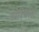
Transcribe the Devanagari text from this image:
मोरियल